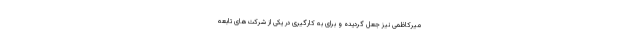
میرکاظمی نیز جعل گردیده و برای به کارگیری در یکی از شرکت‌های تابعه